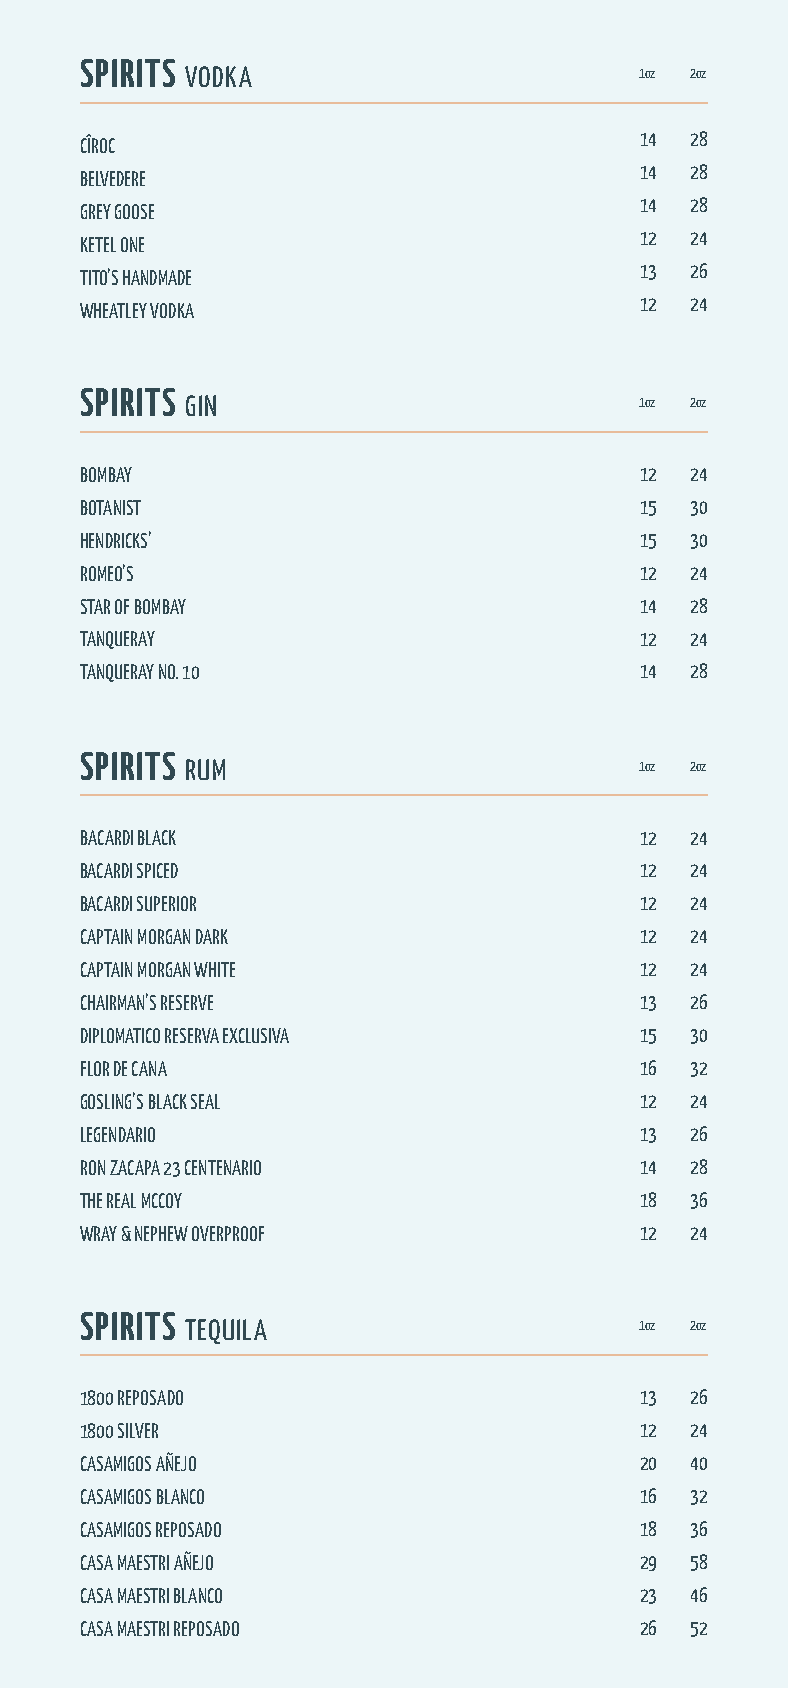
SPIRITS
 VODKA                         1oz 2oz
 14  28
 CÎROC
 14  28
 BELVEDERE
 14  28
 GREY GOOSE
 12  24
 KETEL ONE
 13  26
 TITO’S HANDMADE
 12  24
 WHEATLEY VODKA
 SPIRITS
 GIN                           1oz 2oz
 BOMBAY                               12  24
 BOTANIST                             15  30
 HENDRICKS’                           15  30
 ROMEO’S                              12  24
 STAR OF BOMBAY                       14  28
 TANQUERAY                            12  24
 TANQUERAY NO. 10                     14  28
 SPIRITS
 RUM                           1oz 2oz
 BACARDI BLACK                        12  24
 BACARDI SPICED                       12  24
 BACARDI SUPERIOR                     12  24
 CAPTAIN MORGAN DARK                  12  24
 CAPTAIN MORGAN WHITE                 12  24
 CHAIRMAN’S RESERVE                   13  26
 DIPLOMATICO RESERVA EXCLUSIVA        15  30
 FLOR DE CANA                         16  32
 GOSLING’S BLACK SEAL                 12  24
 LEGENDARIO                           13  26
 RON ZACAPA 23 CENTENARIO             14  28
 THE REAL MCCOY                       18  36
 WRAY & NEPHEW OVERPROOF              12  24
 SPIRITS
 TEQUILA                       1oz 2oz
 1800 REPOSADO                        13  26
 1800 SILVER                          12  24
 CASAMIGOS AÑEJO                      20  40
 CASAMIGOS BLANCO                     16  32
 CASAMIGOS REPOSADO                   18  36
 CASA MAESTRI AÑEJO                   29  58
 CASA MAESTRI BLANCO                  23  46
 CASA MAESTRI REPOSADO                26  52